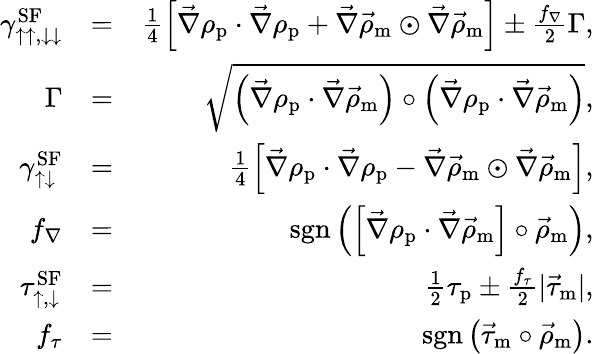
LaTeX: \begin{array}{rlr}{\gamma_{\uparrow\uparrow,\downarrow\downarrow}^{\textrm{SF}}}&{=}&{\frac{1}{4}\left[\vec{\nabla}\rho_{\textrm{p}}\cdot\vec{\nabla}\rho_{\textrm{p}}+\vec{\nabla}\vec{\rho}_{\textrm{m}}\odot\vec{\nabla}\vec{\rho}_{\textrm{m}}\right]\pm\frac{f_{\nabla}}{2}\Gamma,}\\ {\Gamma}&{=}&{\sqrt{\left(\vec{\nabla}\rho_{\textrm{p}}\cdot\vec{\nabla}\vec{\rho}_{\textrm{m}}\right)\circ\left(\vec{\nabla}\rho_{\textrm{p}}\cdot\vec{\nabla}\vec{\rho}_{\textrm{m}}\right)},}\\ {\gamma_{\uparrow\downarrow}^{\textrm{SF}}}&{=}&{\frac{1}{4}\left[\vec{\nabla}\rho_{\textrm{p}}\cdot\vec{\nabla}\rho_{\textrm{p}}-\vec{\nabla}\vec{\rho}_{\textrm{m}}\odot\vec{\nabla}\vec{\rho}_{\textrm{m}}\right],}\\ {f_{\nabla}}&{=}&{\textrm{sgn}\left(\left[\vec{\nabla}\rho_{\textrm{p}}\cdot\vec{\nabla}\vec{\rho}_{\textrm{m}}\right]\circ\vec{\rho}_{\textrm{m}}\right),}\\ {\tau_{\uparrow,\downarrow}^{\textrm{SF}}}&{=}&{\frac{1}{2}\tau_{\textrm{p}}\pm\frac{f_{\tau}}{2}|\vec{\tau}_{\textrm{m}}|,}\\ {f_{\tau}}&{=}&{\textrm{sgn}\left(\vec{\tau}_{\textrm{m}}\circ\vec{\rho}_{\textrm{m}}\right).}\end{array}